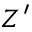
Z ^ { \prime }